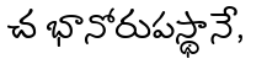
చ భానోరుపస్థానే,